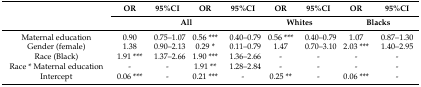
| <ROWSPAN=2>  | OR | 95%CI | OR | 95%CI | OR | 95%CI | OR | 95%CI |
 | <COLSPAN=4> All | <COLSPAN=2> Whites | <COLSPAN=2> Blacks |
 | --- | --- | --- | --- | --- | --- | --- | --- | --- |
 | Maternal education | 0.90 | 0.75–1.07 | 0.56 *** | 0.40–0.79 | 0.56 *** | 0.40–0.79 | 1.07 | 0.87–1.30 |
 | Gender (female) | 1.38 | 0.90–2.13 | 0.29 * | 0.11–0.79 | 1.47 | 0.70–3.10 | 2.03 *** | 1.40–2.95 |
 | Race (Black) | 1.91 *** | 1.37–2.66 | 1.90 *** | 1.36–2.66 | - | - | - | - |
 | Race * Maternal education | - | - | 1.91 ** | 1.28–2.84 | - | - | - | - |
 | Intercept | 0.06 *** | - | 0.21 *** | - | 0.25 ** | - | 0.06 *** | - |